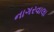
નાગરવાલા